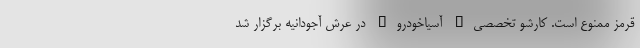
قرمز ممنوع است. کارشو تخصصی" آسیاخودرو" در عرش آجودانیه برگزار شد